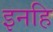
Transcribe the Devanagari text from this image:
इनहि